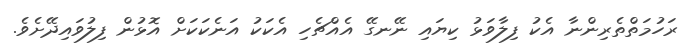
ރަހުމަތްތެރިންނާ އެކު ފިލާވަޅު ކިޔައި ނޭނގޭ އެއްޗެހި އެކަކު އަނެކަކަށް އޮޅުން ފިލުވައިދޭށެވެ.